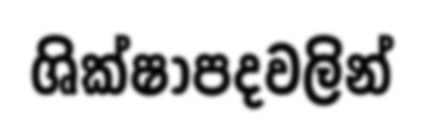
ශික්ෂාපදවලින්